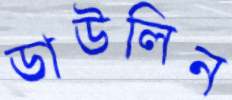
ডাউলিন